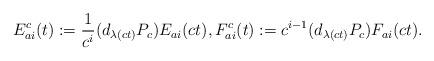
LaTeX: \begin{align*}E^c_{ai}(t):=\frac{1}{c^i}(d_{\lambda(ct)} P_{c}) E_{ai}(ct), F_{ai}^c(t):=c^{i-1}(d_{\lambda(ct)} P_c) F_{ai}(ct).\end{align*}